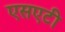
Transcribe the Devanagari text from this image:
एसएटी